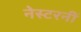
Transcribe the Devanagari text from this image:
नेस्टरनीं